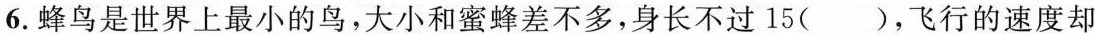
6.蜂鸟是世界上最小的鸟，大小和蜜蜂差不多，身长不过15()，飞行的速度却